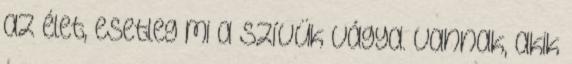
az élet, esetleg mi a szívük vágya. Vannak, akik